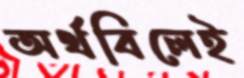
অর্থবিলেই